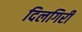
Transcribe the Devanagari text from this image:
दिलगिरी